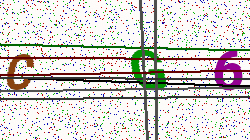
Text: CG6